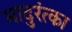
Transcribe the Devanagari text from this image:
मादुरंत्का